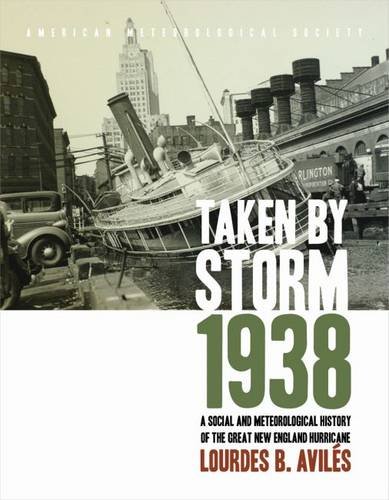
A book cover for Taken by Storm, 1938: A Social and Meteorological History of the Great New England Hurricane; Lourdes B. AvilÃ©s; Science & Math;